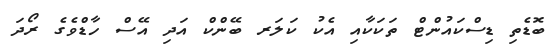
ބޮޑެތި ޑިސްކައުންޓް ތަކަކާއި އެކު ކަލަރ ބޭންކް އަދި އޭސް ހާޑްވެގެ ރޯދަ